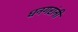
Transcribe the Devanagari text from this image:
धनगरांनी